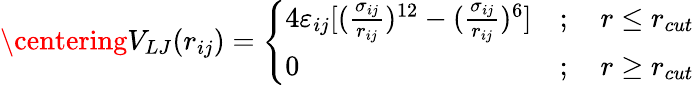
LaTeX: \centering V_{LJ}(r_{ij})=\left\{ \begin{array}{lr}{4\varepsilon_{ij}[(\frac{\sigma_{ij}}{r_{ij}})^{12}-(\frac{\sigma_{ij}}{r_{ij}})^{6}]}&{;\quad r\leq r_{cut}}\\ {0}&{;\quad r\geq r_{cut}}\end{array}\right.